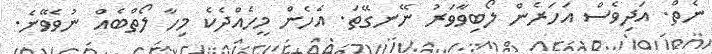
ނެތް. އަދިވެސް އަހަރެން ލޯބިވާވަރު ނޭނގޭތަ. އެހެން މީހެއްދެކެ މިހާ ލޯތްބެއް ނުވެވޭނެ.